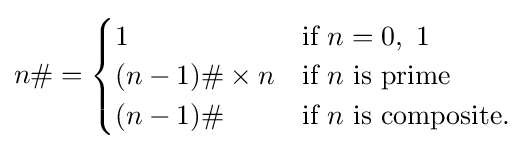
n\#={\begin{cases}1&{\text{if }}n=0,\ 1\\(n-1)\#\times n&{\text{if }}n{\text{ is prime}}\\(n-1)\#&{\text{if }}n{\text{ is composite}}.\end{cases}}